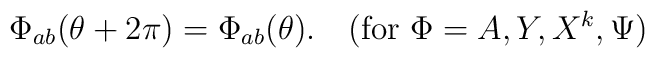
\Phi_{ab}(\theta +2\pi)=\Phi_{ab}(\theta).\quad	(\mbox{for  } \Phi=A, Y, X^k, \Psi)